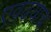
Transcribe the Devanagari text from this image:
एवढयाच